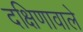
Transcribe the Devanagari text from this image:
दक्षिणावाले